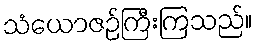
သံယောဇဉ်ကြီးကြသည်။